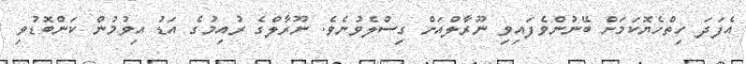
އެފަދަ ހިތްހެޔޮކަމަށް ބޭނުންވެފައިވި ނޫރާލްއަށް ގިސްލެވުނެވެ. ނޫރާލްގެ ރުއިމުގެ އަޑު އިވުމުން ކަންބޮޑުވި